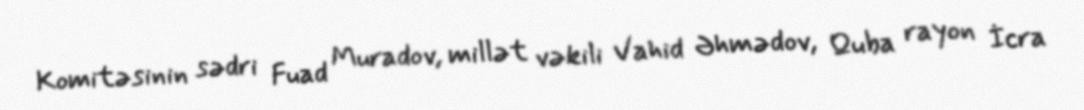
Komitəsinin sədri Fuad Muradov, millət vəkili Vahid Əhmədov, Quba rayon İcra